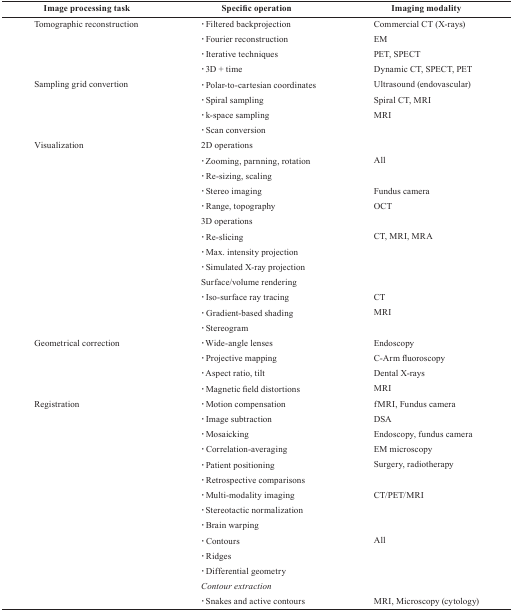
<table><thead><tr><td><b>Image processing task</b></td><td><b>Specific operation</b></td><td><b>Imaging modality</b></td></tr></thead><tbody><tr><td>Tomographic reconstruction</td><td>·Filtered backprojection </td><td>Commercial CT (X-rays)</td></tr><tr><td></td><td>·Fourier reconstruction</td><td>EM</td></tr><tr><td></td><td>·Iterative techniques</td><td>PET, SPECT</td></tr><tr><td></td><td>·3D + time</td><td>Dynamic CT, SPECT, PET</td></tr><tr><td>Sampling grid convertion</td><td>·Polar-to-cartesian coordinates</td><td>Ultrasound (endovascular)</td></tr><tr><td></td><td>·Spiral sampling</td><td>Spiral CT, MRI</td></tr><tr><td></td><td>·k-space sampling</td><td>MRI</td></tr><tr><td></td><td>·Scan conversion</td><td></td></tr><tr><td>Visualization</td><td>2D operations</td><td></td></tr><tr><td></td><td>·Zooming, parnning, rotation</td><td>All</td></tr><tr><td></td><td>·Re-sizing, scaling</td><td></td></tr><tr><td></td><td>·Stereo imaging</td><td>Fundus camera</td></tr><tr><td></td><td>·Range, topography</td><td>OCT</td></tr><tr><td></td><td>3D operations</td><td></td></tr><tr><td></td><td>·Re-slicing</td><td>CT, MRI, MRA</td></tr><tr><td></td><td>·Max. intensity projection</td><td></td></tr><tr><td></td><td>·Simulated X-ray projection</td><td></td></tr><tr><td></td><td>Surface/volume rendering</td><td></td></tr><tr><td></td><td>·Iso-surface ray tracing</td><td>CT</td></tr><tr><td></td><td>·Gradient-based shading</td><td>MRI</td></tr><tr><td></td><td>·Stereogram</td><td></td></tr><tr><td>Geometrical correction</td><td>·Wide-angle lenses</td><td>Endoscopy</td></tr><tr><td></td><td>·Projective mapping</td><td>C-Arm fluoroscopy</td></tr><tr><td></td><td>·Aspect ratio, tilt</td><td>Dental X-rays</td></tr><tr><td></td><td>·Magnetic field distortions</td><td>MRI</td></tr><tr><td>Registration</td><td>·Motion compensation</td><td>fMRI, Fundus camera</td></tr><tr><td></td><td>·Image subtraction</td><td>DSA</td></tr><tr><td></td><td>·Mosaicking</td><td>Endoscopy, fundus camera</td></tr><tr><td></td><td>·Correlation-averaging</td><td>EM microscopy</td></tr><tr><td></td><td>·Patient positioning</td><td>Surgery, radiotherapy</td></tr><tr><td></td><td>·Retrospective comparisons</td><td></td></tr><tr><td></td><td>·Multi-modality imaging</td><td>CT/PET/MRI</td></tr><tr><td></td><td>·Stereotactic normalization</td><td></td></tr><tr><td></td><td>·Brain warping</td><td></td></tr><tr><td></td><td>·Contours</td><td>All</td></tr><tr><td></td><td>·Ridges</td><td></td></tr><tr><td></td><td>·Differential geometry</td><td></td></tr><tr><td></td><td><i>Contour extraction</i></td><td></td></tr><tr><td></td><td>·Snakes and active contours</td><td>MRI, Microscopy (cytology)</td></tr></tbody></table>